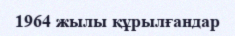
1964 жылы құрылғандар